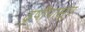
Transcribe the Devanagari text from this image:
ढुषीपासून